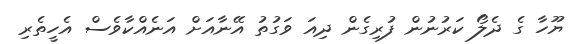
ޔޫހާ ގެ ދެލޯ ކަރުނުން ފުރިގެން ދިއަ ވަގުތު އޭނާއަށް އަނެއްކާވެސް އެހީތެރި